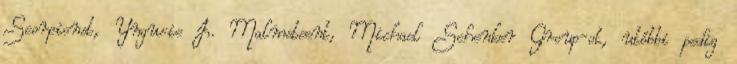
Scorpionst, Yngwie J. Malmsteent, Michael Schenker Group-ot, utóbbi pedig